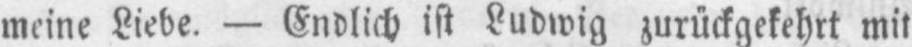
meine Liebe. - Endlich ist Ludwig zurückgekehrt mit